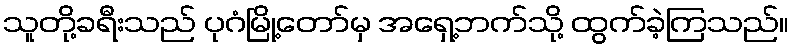
သူတို့ခရီးသည် ပုဂံမြို့တော်မှ အရှေ့ဘက်သို့ ထွက်ခဲ့ကြသည်။